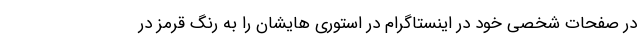
در صفحات شخصی خود در اینستاگرام در استوری هایشان را به رنگ قرمز در